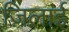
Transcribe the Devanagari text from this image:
ज़िलाई